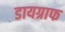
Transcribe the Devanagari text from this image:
डायग्राफ